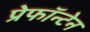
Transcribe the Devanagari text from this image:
प्रेफॉन्टेन